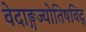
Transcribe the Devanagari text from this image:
वेदाङ्गज्याेतिषविद्